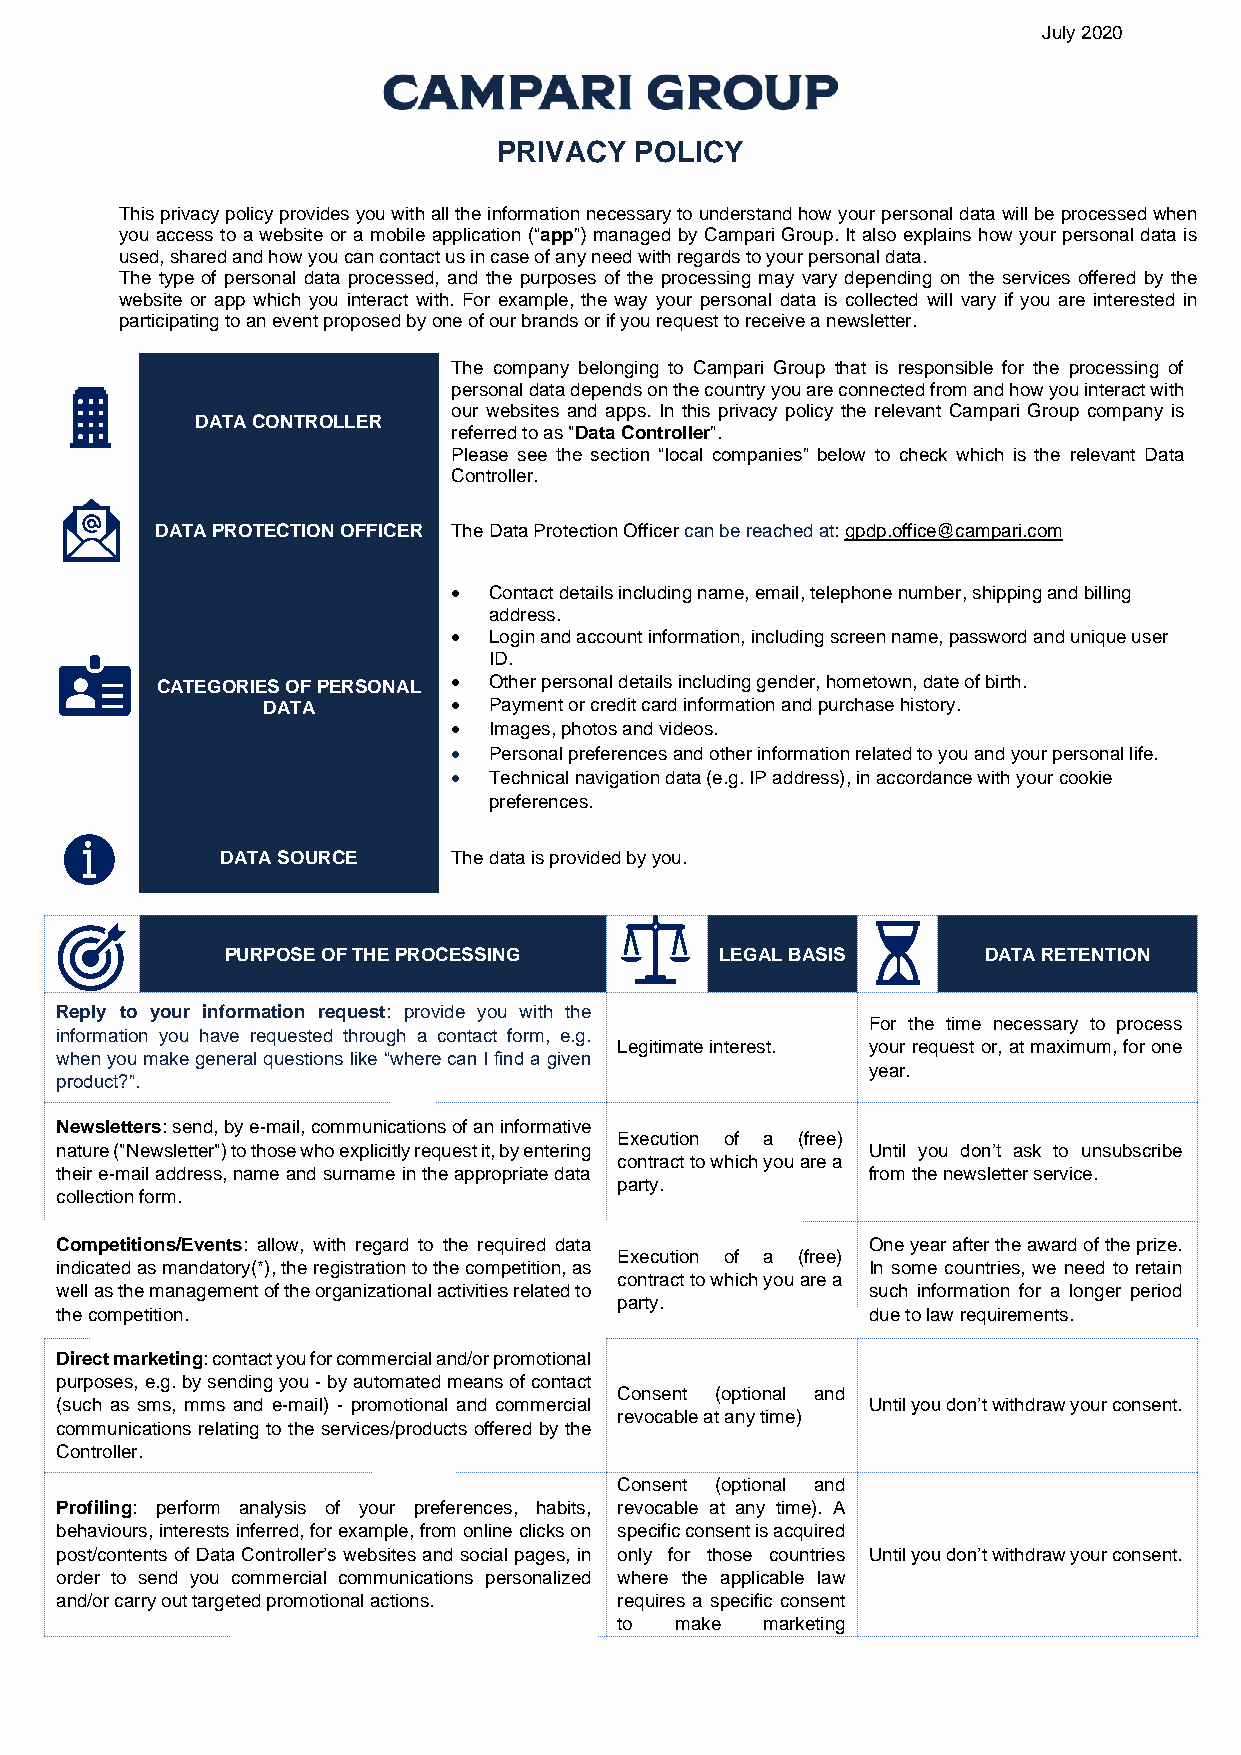
July 2020
 PRIVACY  POLICY
 This privacy policy provides you with all the information necessary to understand how your personal data will be processed when
 you access to a website or a mobile application (“app”) managed by Campari Group. It also explains how your personal data is
 used, shared and how you can contact us in case of any need with regards to your personal data.
 The type of personal data processed, and the purposes of the processing may vary depending on the services offered by the
 website or app which you interact with. For example, the way your personal data is collected will vary if you are interested in
 participating to an event proposed by one of our brands or if you request to receive a newsletter.
 The company belonging to Campari Group that is responsible for the processing of
 personal data depends on the country you are connected from and how you interact with
 our websites and apps. In this privacy policy the relevant Campari Group company is
 DATA CONTROLLER
 referred to as "Data Controller”.
 Please see the section “local companies” below to check which is the relevant Data
 Controller.
 DATA PROTECTION OFFICER The Data Protection Officer can be reached at: gpdp.office@campari.com
 • Contact details including name, email, telephone number, shipping and billing
 address.
 • Login and account information, including screen name, password and unique user
 ID.
 CATEGORIES OF PERSONAL • Other personal details including gender, hometown, date of birth.
 DATA         • Payment or credit card information and purchase history.
 • Images, photos and videos.
 • Personal preferences and other information related to you and your personal life.
 • Technical navigation data (e.g. IP address), in accordance with your cookie
 preferences.
 DATA SOURCE    The data is provided by you.
 PURPOSE OF THE PROCESSING        LEGAL BASIS      DATA RETENTION
 Reply to your information request: provide you with the
 For the time necessary to process
 information you have requested through a contact form, e.g.
 Legitimate interest. your request or, at maximum, for one
 when you make general questions like “where can I find a given
 year.
 product?”.
 Newsletters: send, by e-mail, communications of an informative
 Execution of a (free)
 nature ("Newsletter") to those who explicitly request it, by entering Until you don’t ask to unsubscribe
 contract to which you are a
 their e-mail address, name and surname in the appropriate data from the newsletter service.
 party.
 collection form.
 Competitions/Events: allow, with regard to the required data One year after the award of the prize.
 Execution of a (free)
 indicated as mandatory(*), the registration to the competition, as In some countries, we need to retain
 contract to which you are a
 well as the management of the organizational activities related to such information for a longer period
 party.
 the competition.                                     due to law requirements.
 Direct marketing: contact you for commercial and/or promotional
 purposes, e.g. by sending you - by automated means of contact
 Consent (optional and
 (such as sms, mms and e-mail) - promotional and commercial Until you don’t withdraw your consent.
 revocable at any time)
 communications relating to the services/products offered by the
 Controller.
 Consent (optional and
 Profiling: perform analysis of your preferences, habits, revocable at any time). A
 behaviours, interests inferred, for example, from online clicks on specific consent is acquired
 post/contents of Data Controller’s websites and social pages, in only for those countries Until you don’t withdraw your consent.
 order to send you commercial communications personalized where the applicable law
 and/or carry out targeted promotional actions. requires a specific consent
 to  make marketing